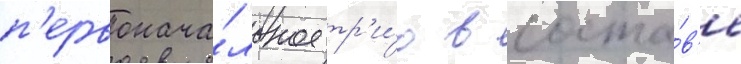
п'ервонача́льное тр'и́о в соста́в'е